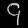
Digit: ၄